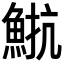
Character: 𩷠